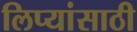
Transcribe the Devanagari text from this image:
लिप्यांसाठी